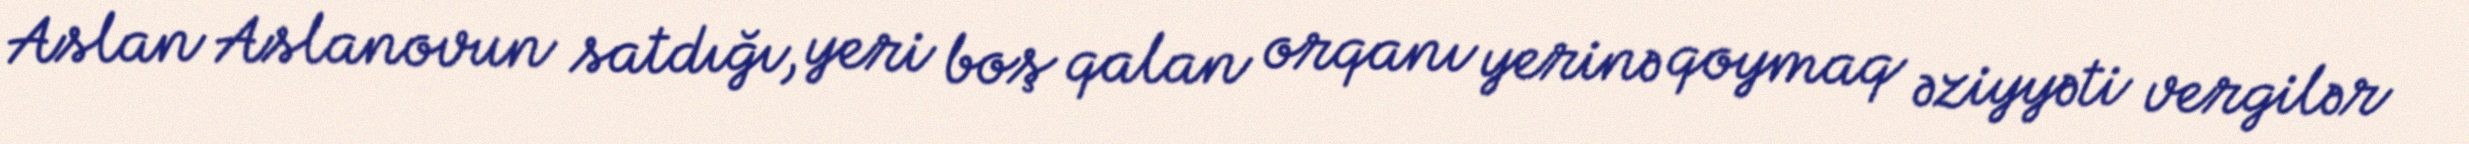
Aslan Aslanovun satdığı, yeri boş qalan orqanı yerinə qoymaq əziyyəti vergilər